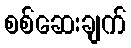
စစ်ဆေးချက်